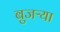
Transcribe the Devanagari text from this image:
बुजऱ्या